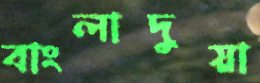
বাংলাদুয়া